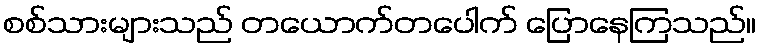
စစ်သားများသည် တယောက်တပေါက် ပြောနေကြသည်။